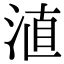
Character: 淔